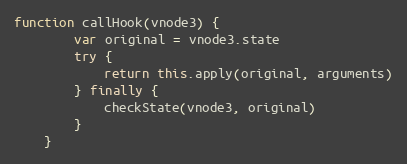
Language: JavaScript
function callHook(vnode3) {
		var original = vnode3.state
		try {
			return this.apply(original, arguments)
		} finally {
			checkState(vnode3, original)
		}
	}